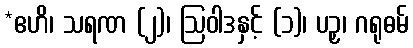
*ဧဟိ၊ သရဏ (၂)၊ ဩဝါဒနှင့် (၁)၊ ပဉှ၊ ဂရုဓမ်